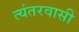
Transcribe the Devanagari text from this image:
त्यंतरवासी